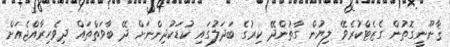
ޤާނޫނީގޮތުން ގެޒެޓްކުރެވޭ ލިޔުން ގާތުންދޭ ކިރުގެ ބަދަލުގައި ކުޑަކުދިންނަށް ދޭ ބާވަތްތައް ދިވެހިރާއްޖެއަށް